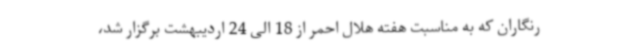
رنگاران که به مناسبت هفته هلال احمر از 18 الی 24 اردیبهشت برگزار شد،